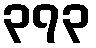
၃၇၃